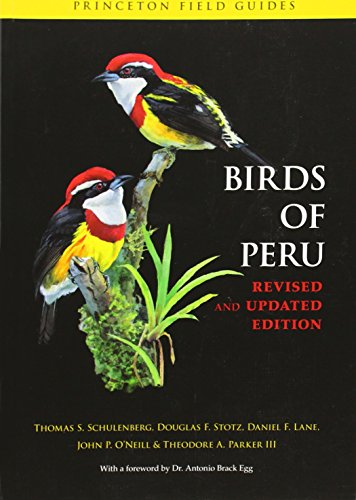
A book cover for Birds of Peru (Princeton Field Guides); Thomas S. Schulenberg; Science & Math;